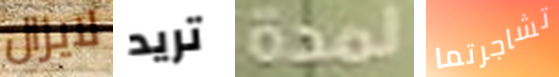
لايزال تريد لمدة تشاجرتما